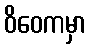
ဝိဝေကမှာ